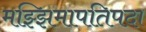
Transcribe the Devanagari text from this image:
मझ्झिमापतिपदा